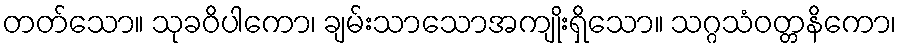
တတ်သော။ သုခဝိပါကော၊ ချမ်းသာသောအကျိုးရှိသော။ သဂ္ဂသံဝတ္တနိကော၊